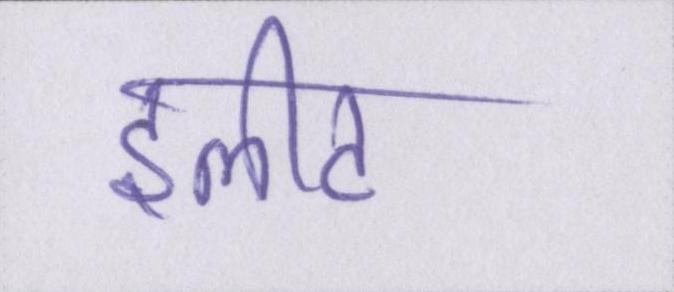
इलीट